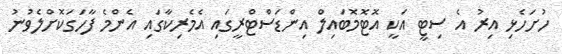
ހުށަހެޅި އިރު އެ ސިޓީ އަކީ އޮޓޮމޮބައިލް އިންޑަސްޓްރީގައި އެމެރިކާގައި އެންމެ ފާހަގަކޮށްލެވުނު